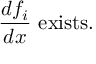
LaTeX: { \frac { d f _ { i } } { d x } } { \mathrm { ~ e x i s t s . ~ } }